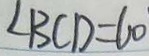
\angle B C D = 6 0